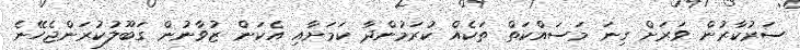
ސަރުކާރުން ވަރަށް ގިނަ މަސައްކަތް ތަކެއް ކުރަމުންދާ ކަމަށާއި އެކަން ޒުވާނުން ގަބޫލުކުރަންޖެހޭނެ